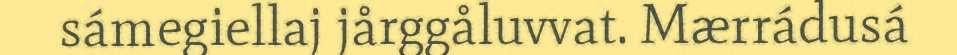
sámegiellaj jårggåluvvat. Mærrádusá